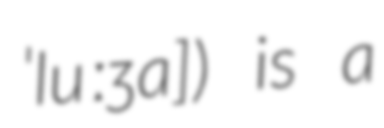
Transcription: ˈluːʒa]) is a